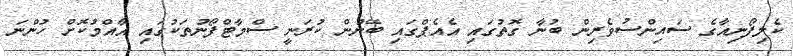
ކެލިފޯނިއާގެ ސައިންސުވެރިން ބުނާ ގޮތުގައި އެއެޕްގައި ބޭނުން ކުރަނީ ސްމާޓްފޯނުތަކުގައި އާއްމުކޮށް ހުންނަ